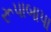
રૂપાબાપા